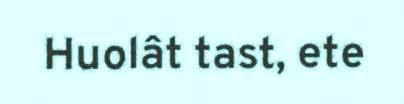
Huolât tast, ete